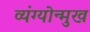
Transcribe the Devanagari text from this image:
व्यंग्योन्मुख